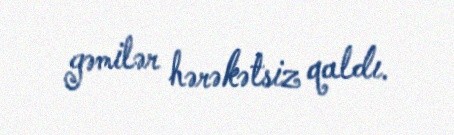
gəmilər hərəkətsiz qaldı.